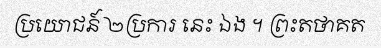
ប្រយោជន៍ ២ប្រការ នេះ ឯង ។ ព្រះតថាគត